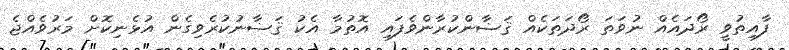
ފާއިތުވީ ރޯދައެއް ނުވަތަ ރޯދަތަކެއް ޤަޟާންކުރާންވެފައި އޮތުމާ އެކު ޤަޟާނުކުރެވިގެން އުޅެނިކޮށް މަރުވެއްޖެ